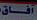
أفاق